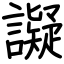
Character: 譺